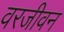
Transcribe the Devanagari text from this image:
वरजीवन